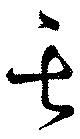
其